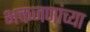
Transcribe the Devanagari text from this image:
भक्तजणांच्या